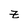
Character: z